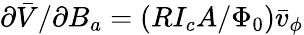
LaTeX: \partial\bar{V}/\partial B_{a}=(RI_{c}A/\Phi_{0})\bar{v}_{\phi}